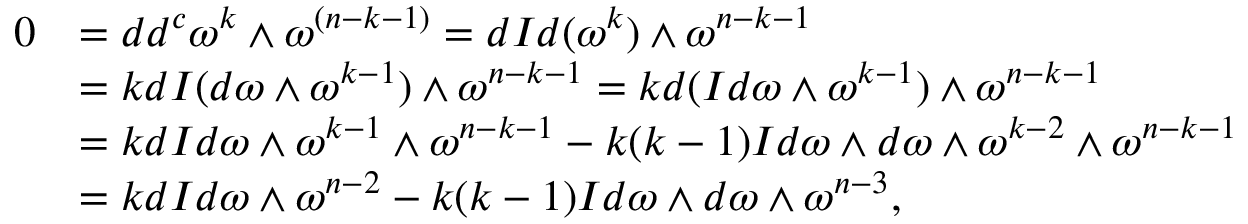
\begin{array} { r l } { 0 } & { = d d ^ { c } \omega ^ { k } \wedge \omega ^ { ( n - k - 1 ) } = d I d ( \omega ^ { k } ) \wedge \omega ^ { n - k - 1 } } \\ & { = k d I ( d \omega \wedge \omega ^ { k - 1 } ) \wedge \omega ^ { n - k - 1 } = k d ( I d \omega \wedge \omega ^ { k - 1 } ) \wedge \omega ^ { n - k - 1 } } \\ & { = k d I d \omega \wedge \omega ^ { k - 1 } \wedge \omega ^ { n - k - 1 } - k ( k - 1 ) I d \omega \wedge d \omega \wedge \omega ^ { k - 2 } \wedge \omega ^ { n - k - 1 } } \\ & { = k d I d \omega \wedge \omega ^ { n - 2 } - k ( k - 1 ) I d \omega \wedge d \omega \wedge \omega ^ { n - 3 } , } \end{array}